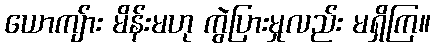
ယောကျ်ား မိန်းမဟု ကွဲပြားမှုလည်း မရှိကြ။